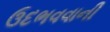
ઉદભવવાની